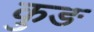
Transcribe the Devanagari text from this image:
कुङ